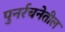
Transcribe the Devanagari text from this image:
पुनर्रचनेतील